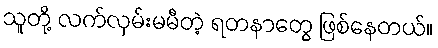
သူတို့ လက်လှမ်းမမီတဲ့ ရတနာတွေ ဖြစ်နေတယ်။